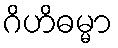
ဂိဟိဓမ္မာ